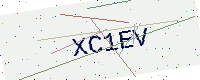
Text: XC1EV